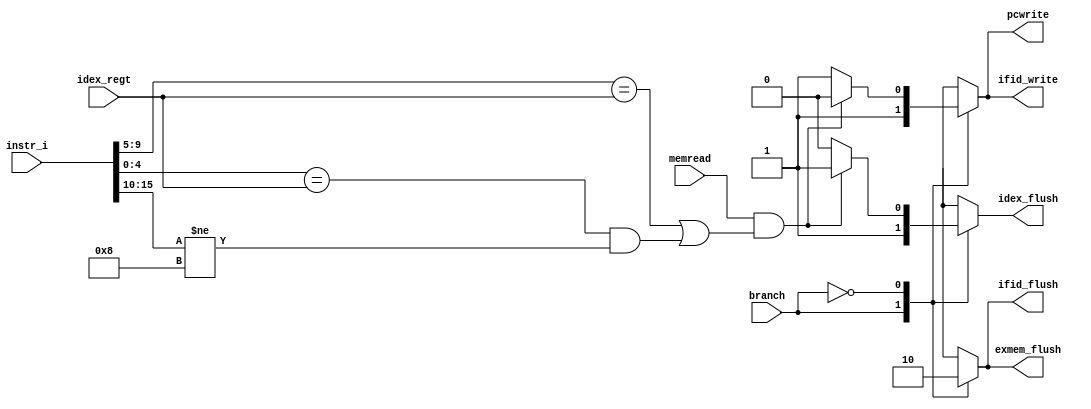
// 0516244 TAY CHUN KEAT
module Hazard_Detection(
    memread,
    instr_i,
    idex_regt,
    branch,
    pcwrite,
    ifid_write,
    ifid_flush,
    idex_flush,
    exmem_flush
);

input       memread;
input [15:0]instr_i;
input [4:0] idex_regt;
input       branch;
output      pcwrite;
output      ifid_write;
output      ifid_flush;
output      idex_flush;
output      exmem_flush;

reg      pcwrite;
reg      ifid_write;
reg      ifid_flush;
reg      idex_flush;
reg      exmem_flush;

always@(*) begin
    case(branch)
        1'b1: 
	begin
	  pcwrite <= 1'b1;
	  ifid_write <= 1'b1;
	  ifid_flush <= 1'b1;
	  idex_flush <= 1'b1;
	  exmem_flush <= 1'b1;
	end
        1'b0: 
	begin
          if(memread == 1'b1 && (instr_i[9:5] == idex_regt || (instr_i[4:0] == idex_regt && instr_i[15:10] != 6'b001000)))
	  begin		
		pcwrite <= 1'b0;
	  	ifid_write <= 1'b0;
	  	ifid_flush <= 1'b0;
	  	idex_flush <= 1'b1;
	  	exmem_flush <= 1'b0;
	  end
          else
	  begin
          	pcwrite <= 1'b1;
	  	ifid_write <= 1'b1;
	  	ifid_flush <= 1'b0;
	  	idex_flush <= 1'b0;
	  	exmem_flush <= 1'b0;
	  end
        end
    endcase
end

endmodule